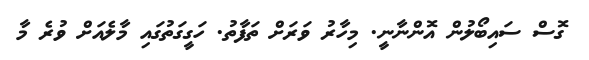
ގޮސް ސައިބޯލުން އޮންނާނީ. މިހާރު ވަރަށް ތަފާތު. ހަގީގަތުގައި މާލެއަށް ވުރެ މާ